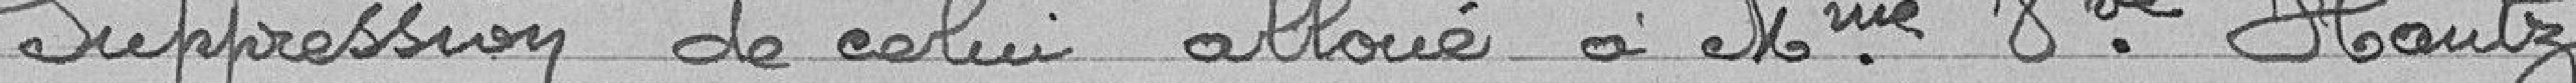
Suppression de celui alloué à Mme Veuve Hautz